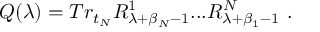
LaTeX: Q ( \lambda ) = T r _ { t _ { N } } { \cal R } _ { \lambda + \beta _ { N } - 1 } ^ { 1 } . . . { \cal R } _ { \lambda + \beta _ { 1 } - 1 } ^ { N } ~ .